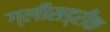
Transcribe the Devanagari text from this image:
ग्लीसड्रीक